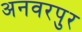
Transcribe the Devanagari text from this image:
अनवरपुर